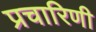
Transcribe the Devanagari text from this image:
प्रचारिणी